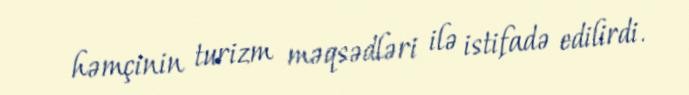
həmçinin turizm məqsədləri ilə istifadə edilirdi.